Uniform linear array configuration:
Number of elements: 32
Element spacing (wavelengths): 1
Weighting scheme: cosine
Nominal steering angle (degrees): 30
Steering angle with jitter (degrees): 29.051
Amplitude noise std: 0.05
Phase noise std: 0.05

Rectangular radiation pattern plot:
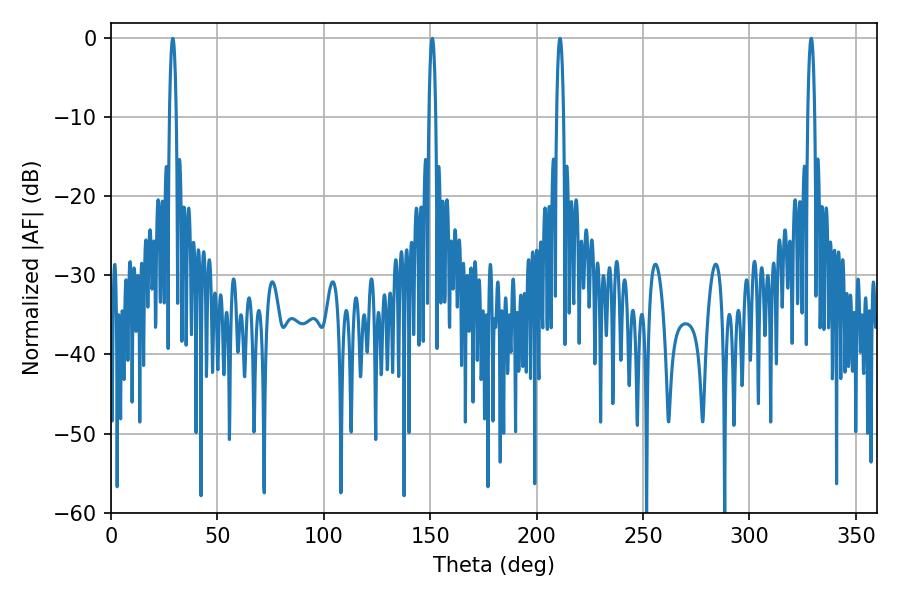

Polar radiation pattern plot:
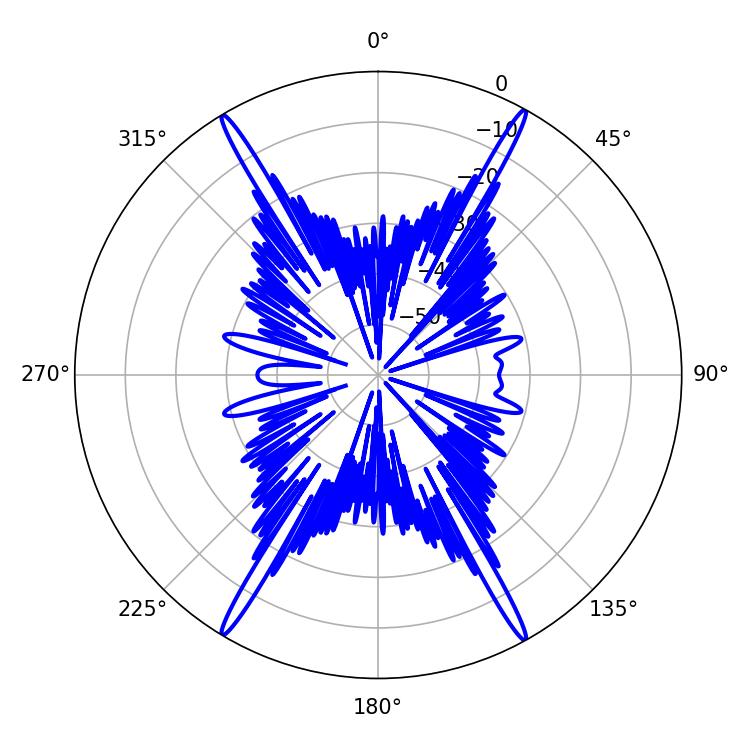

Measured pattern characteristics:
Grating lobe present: TRUE
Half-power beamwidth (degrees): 1.8
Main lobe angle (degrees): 210.96